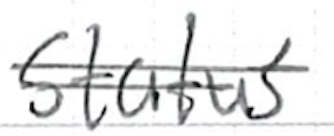
Text: status
Cross-out: double-line
Writing tool: ballpoint